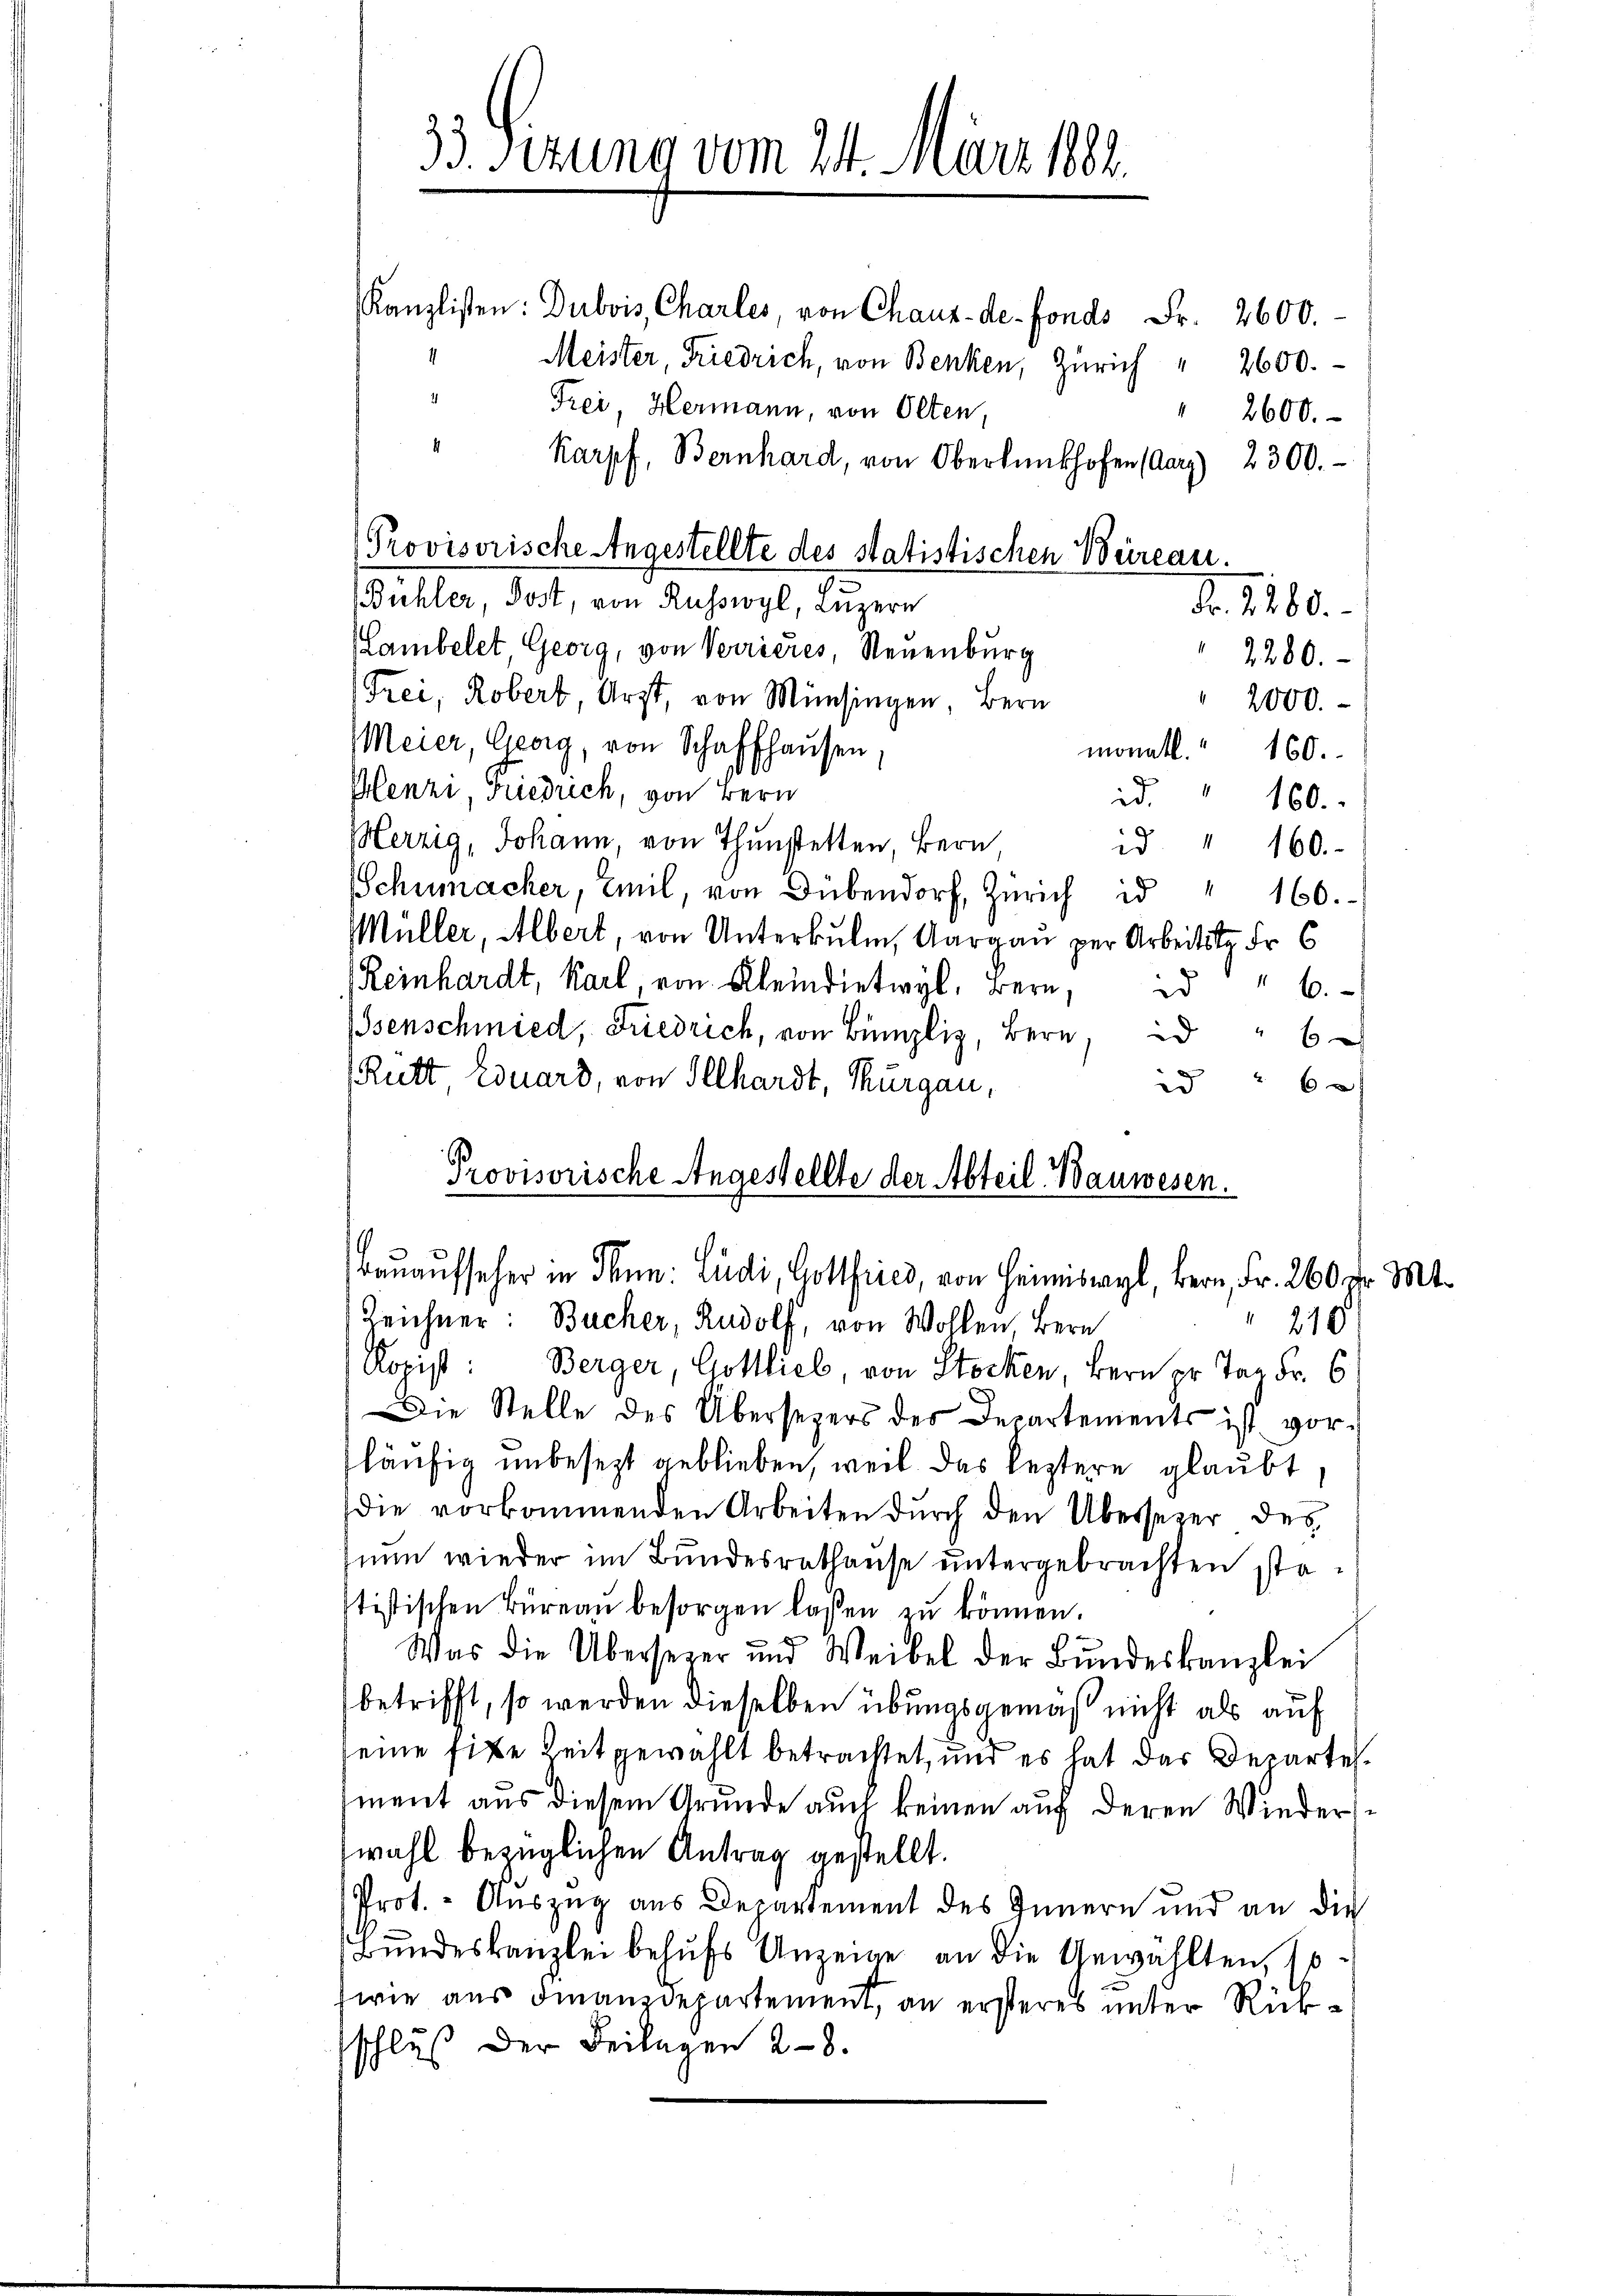
33. Sizung vom 24. März 1882

Kanzlisten: Dubois, Charles, von Chaux-de-Fonds Fr. 2600.
Meister, Friedrich, von Benken, Zürich " 2600.
21
Frei, Hermann, von Olten,
2600.
4
Karpf, Bernhard, von Oberlŭnkhofen (Aarz) 2300.
Provisorische Angestellte des statistischen Beireau.
Bühler, Post, von Russwyl, Luzern
Nr. 1280.
Lambelet, Georg, von Verrieres, Neuenburg
2280.
Frei, Robert Arzt, von Münsingen, Bern
2000.
Meier, Georg, von Schaffhausen,
monatl.
160.
Plenzi, Friedrich, von Bern
ad. 160.
Herzig, Johann, von Thunstetten, Bern,
id " 160.
Schumacher, Emil, von Dübendorf, Zürich id
" 160.
Müller, Albert, von Unterbulm, Aargau per Arbeits Fr. 6
Reinhardt, Karl, von Kleindietwyl, Bern.
" 6.
senschmied, Friedrich, von Bünzliz, Bern, id
60
Rütt Eduard, von Illhardt, Thurgau,
6x
id
Provisorische Angestellte der Abteil. Bauwesen.
Bauaufseher in Thun: Ludi, Gottfried, von Heimiswyl, Bern, Fr. 260 fr. Mt.
Zeichner: Bucher, Rudolf, von Wohlen Bern
210
Ropist: Berger, Gottlieb, von Stocken, Bern pr. Tag Fr. 6
Die Stelle des Übersezers des Departements ist vor-
läufig unbesezt geblieben, weil das leztere glaubt,
die vorkommenden Arbeiten dŭrch den Übersezer des
nun wieder im Bundesrathause untergebrachten statistischen Büreau besorgen lassen zu können.
Was die Übersezer und Weibel der Bŭndeskanzlei
betrifft, so werden dieselben übungsgemäß nicht als auf
eine site Zeitgewählt betrachtet, und es hat das Departement aus diesem Grunde auch keinen auf deren Wieder
wahl bezüglichen Antrag gestellt.
Prot. - Auszug aus Departement des Innern und an die
Bundeskanzlei behufs Anzeige an die Gewählten, so
(wie aus Finanzdepartement, an ersteres unter Rückschluß der Beilagen 28.

¬